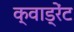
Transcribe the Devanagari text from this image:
क्वाड्रेंट